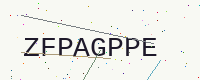
Text: ZFPAGPPE